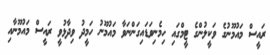
ރައީސް މައުމޫނުގެ ވަކީލުންގެ ޓީމްގައި ހިމެނިވަޑައިގަންނަވާ މައުމޫނު ހަމީދު ވިދާޅުވީ ރައީސް މައުމޫނާއި